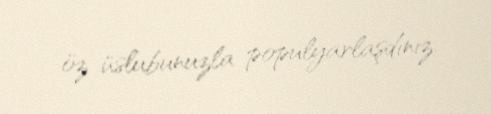
öz üslubunuzla populyarlaşdınız.